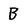
Character: B